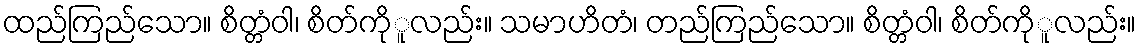
ထည်ကြည်သော။ စိတ္တံဝါ၊ စိတ်ကိုူလည်း။ သမာဟိတံ၊ တည်ကြည်သော။ စိတ္တံဝါ၊ စိတ်ကိုူလည်း။